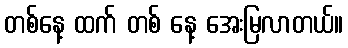
တစ်နေ့ ထက် တစ် နေ့ အေးမြလာတယ်။